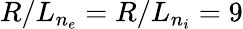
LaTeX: R/L_{n_{e}}=R/L_{n_{i}}=9